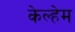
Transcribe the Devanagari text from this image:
केल्हेम